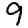
Digit: 9